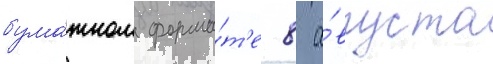
бума́жном форма́т'е 8 а́вгуста